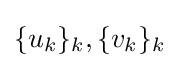
\{u_{k}\}_{k},\{v_{k}\}_{k}